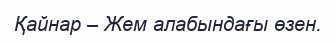
Қайнар – Жем алабындағы өзен.